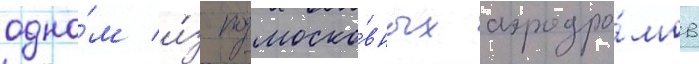
одно́м и́з подмоско́вных аэродро́мов